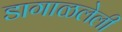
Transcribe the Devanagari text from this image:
डागाळलेली